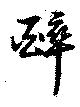
酔